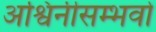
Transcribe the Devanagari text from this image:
अश्विनीसम्भवो